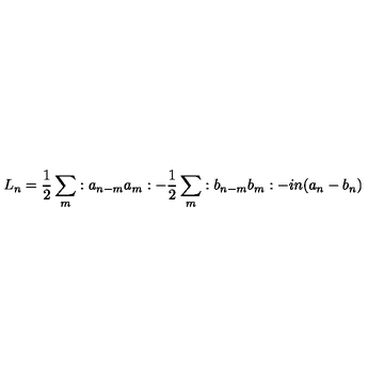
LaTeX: L _ { n } = { \frac 1 2 } \sum _ { m } : a _ { n - m } a _ { m } : - { \frac 1 2 } \sum _ { m } : b _ { n - m } b _ { m } : - i n ( a _ { n } - b _ { n } )